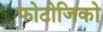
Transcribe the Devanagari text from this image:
फोटोजिको